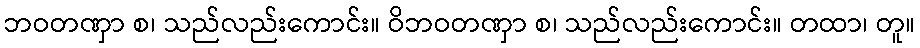
ဘဝတဏှာ စ၊ သည်လည်းကောင်း။ ဝိဘဝတဏှာ စ၊ သည်လည်းကောင်း။ တထာ၊ တူ။